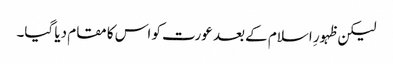
لیکن ظہورِ اسلام کے بعد عورت کو اس کا مقام دیا گیا۔